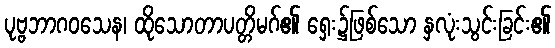
ပုဗ္ဗဘာဂဝသေန၊ ထိုသောတာပတ္တိမဂ်၏ ရှေး၌ဖြစ်သော နှလုံးသွင်းခြင်း၏